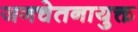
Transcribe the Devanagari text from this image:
जनचेतनायुक्त